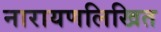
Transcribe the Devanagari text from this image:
नारायणलिखित